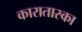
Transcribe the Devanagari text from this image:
कारातास्का